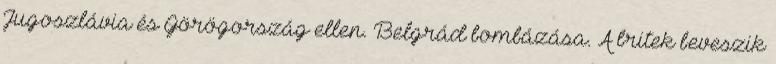
Jugoszlávia és Görögország ellen. Belgrád bombázása. A britek beveszik